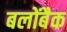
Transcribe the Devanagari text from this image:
बलोंबैक